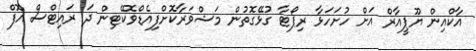
އާކްއިން ޔޫޕީއާރް އަށް ހުށަހަޅާ ރިޕޯޓާ ގުޅޭގޮތުން މަޝްވަރާކޮށްފިއެޑްވޮކޭޓިން ދަ ރައިޓްސް އޮފް